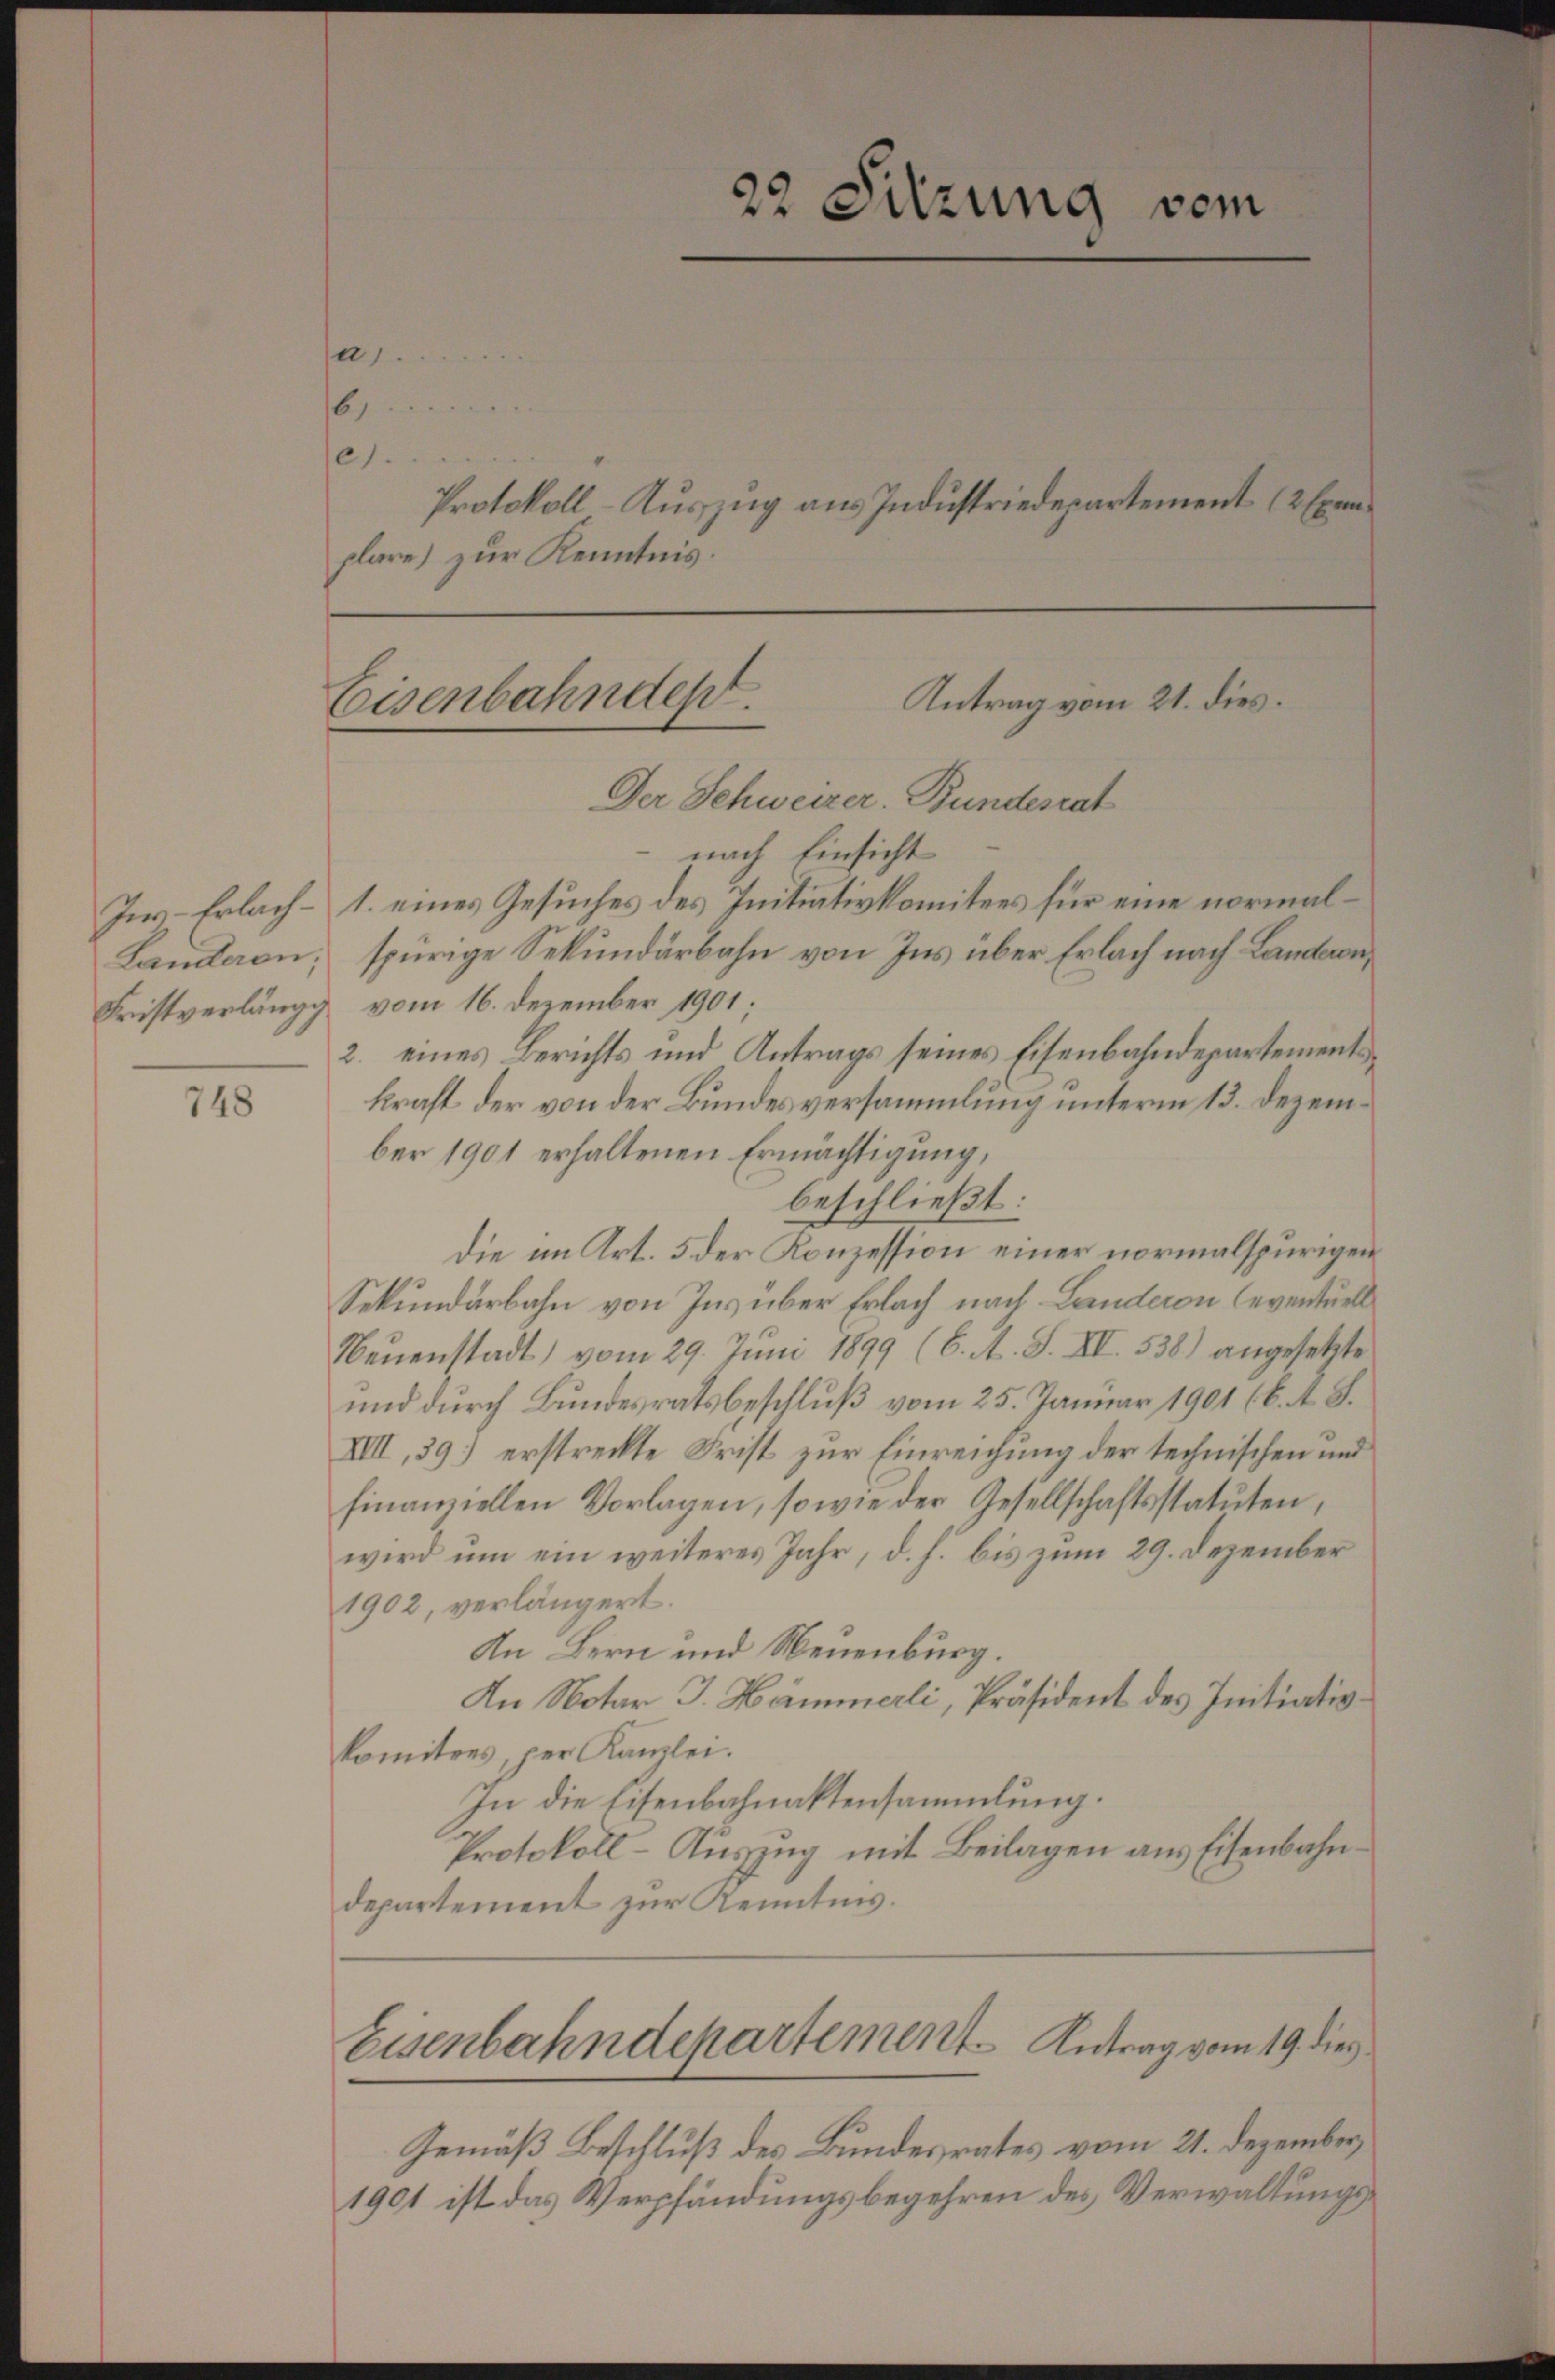
In Erlach¬
Landeren;
Fristverläng

748

a
16
11.

plare) zur Kenntnis.

22 Sitzung vom

Antrag vom 21. dies.
Eisenbahndep

Protokoll-Auszug aus Industriedepartement (2 Exem¬

Der Schweizer. Bundesrat
nach Einsicht
1. eines Gesuches des Initiativkomitees für eine normalspurige Sekundärbahn von Ins über Erlach nach Landernvom 16. Dezember 1901
2. eines Berichts und Antrags seines Eisenbahndepartements
kraft der von der Bundesversammlung unterm 13. Dezember 1901 erhaltenen Ermächtigung,
beschließt:
Die im Art. 5 der Konzession einer normalspurigen
Sekundarbahn von Ins über Erlach nach Landeron leventuell
Neŭenstadt) vom 29. Juni 1899 (6. A. S. XI. 538) angesetzte
und durch Bundesratsbeschluß vom 25. Januar 1901 (6. A. S.
VIII, 39) erstreckte Frist zur Einreichung der technischen und
finanziellen Vorlagen, sowie der Gesellschaftsstatuten,
wird um ein weiteres Jahr, d. h. bis zum 29. Dezember
1902, verlängert.
An Bern und Neuenburg.
An Notar J. Hämmerli, Präsident des Initiativkomitees, per Kanzlei.
In die Eisenbahnaktensammlung.
Protokoll-Auszug mit Beilagen aus Eisenbahndepartement zur Kenntnis.

Eisenbahndepartement. Antrag vom 19. dies

Gemäß Beschluß des Bundesrates vom 21. Dezember,
1901 ist das Verpfändungsbegehren des Verwaltungs¬